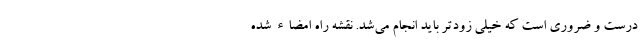
درست و ضروری است که خیلی زودتر باید انجام می‌شد. نقشه راه امضاء شده